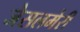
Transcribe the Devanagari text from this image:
जेसलमेरी